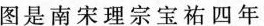
图是南宋理宗宝祐四年